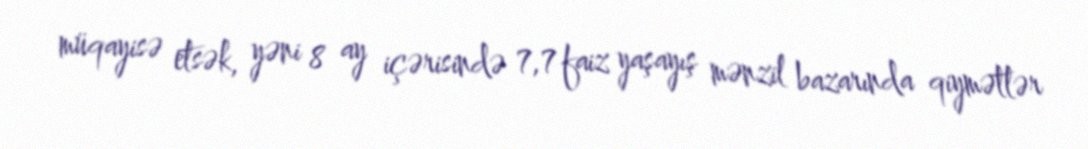
müqayisə etsək, yəni 8 ay içərisində 7,7 faiz yaşayış mənzil bazarında qiymətlər